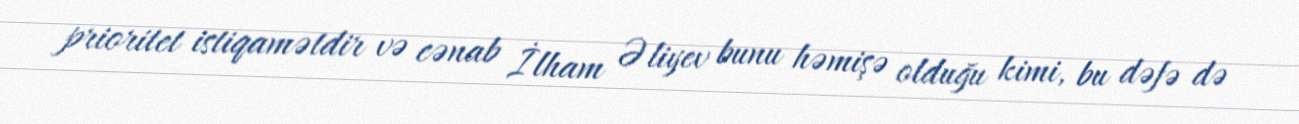
prioritet istiqamətdir və cənab İlham Əliyev bunu həmişə olduğu kimi, bu dəfə də